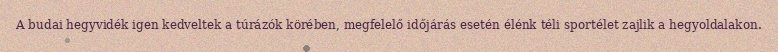
A budai hegyvidék igen kedveltek a túrázók körében, megfelelő időjárás esetén élénk téli sportélet zajlik a hegyoldalakon.